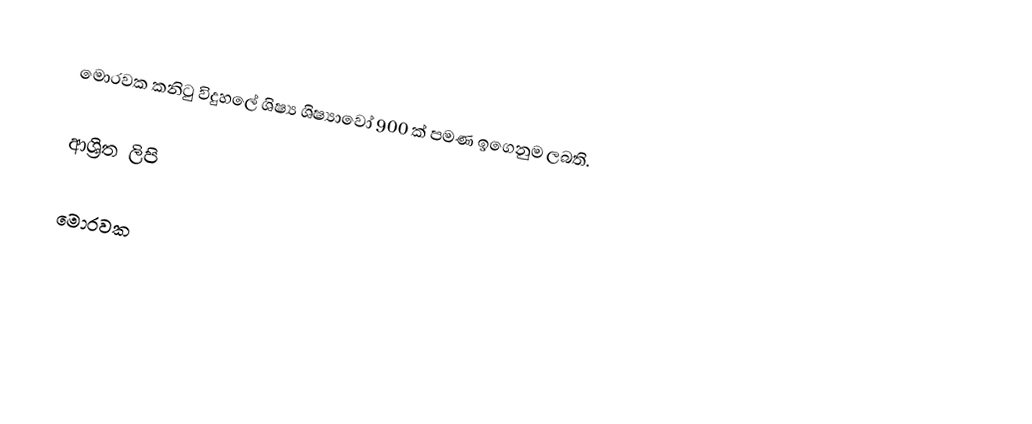
මොරවක කනිටු විදුහලේ ශිෂ්‍ය ශිෂ්‍යාවෝ 900 ක් පමණ ඉගෙනුම ලබති.

ආශ්‍රිත ලිපි

මොරවක